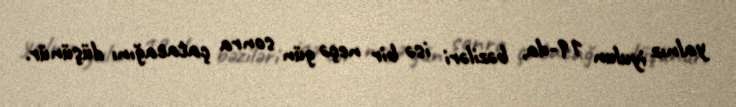
yalnız iyulun 19-da, bəziləri isə bir neçə gün sonra çatacağını düşünür.